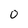
Character: 0